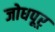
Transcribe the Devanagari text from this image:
जोधपूर्